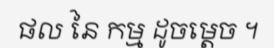
ផល នៃ កម្ម ដូចម្តេច ។